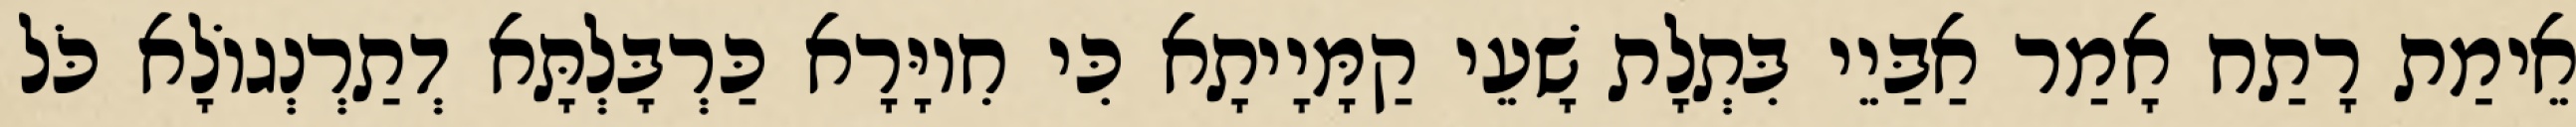
אֵימַת רָתַח אָמַר אַבַּיֵי בִּתְלָת שָׁעֵי קַמָּיָיתָא כִּי חִיוָּרָא כַּרְבָּלְתָּא דְתַרְנְגוֹלָא כֹּל